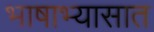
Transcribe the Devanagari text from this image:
भाषाभ्यासात